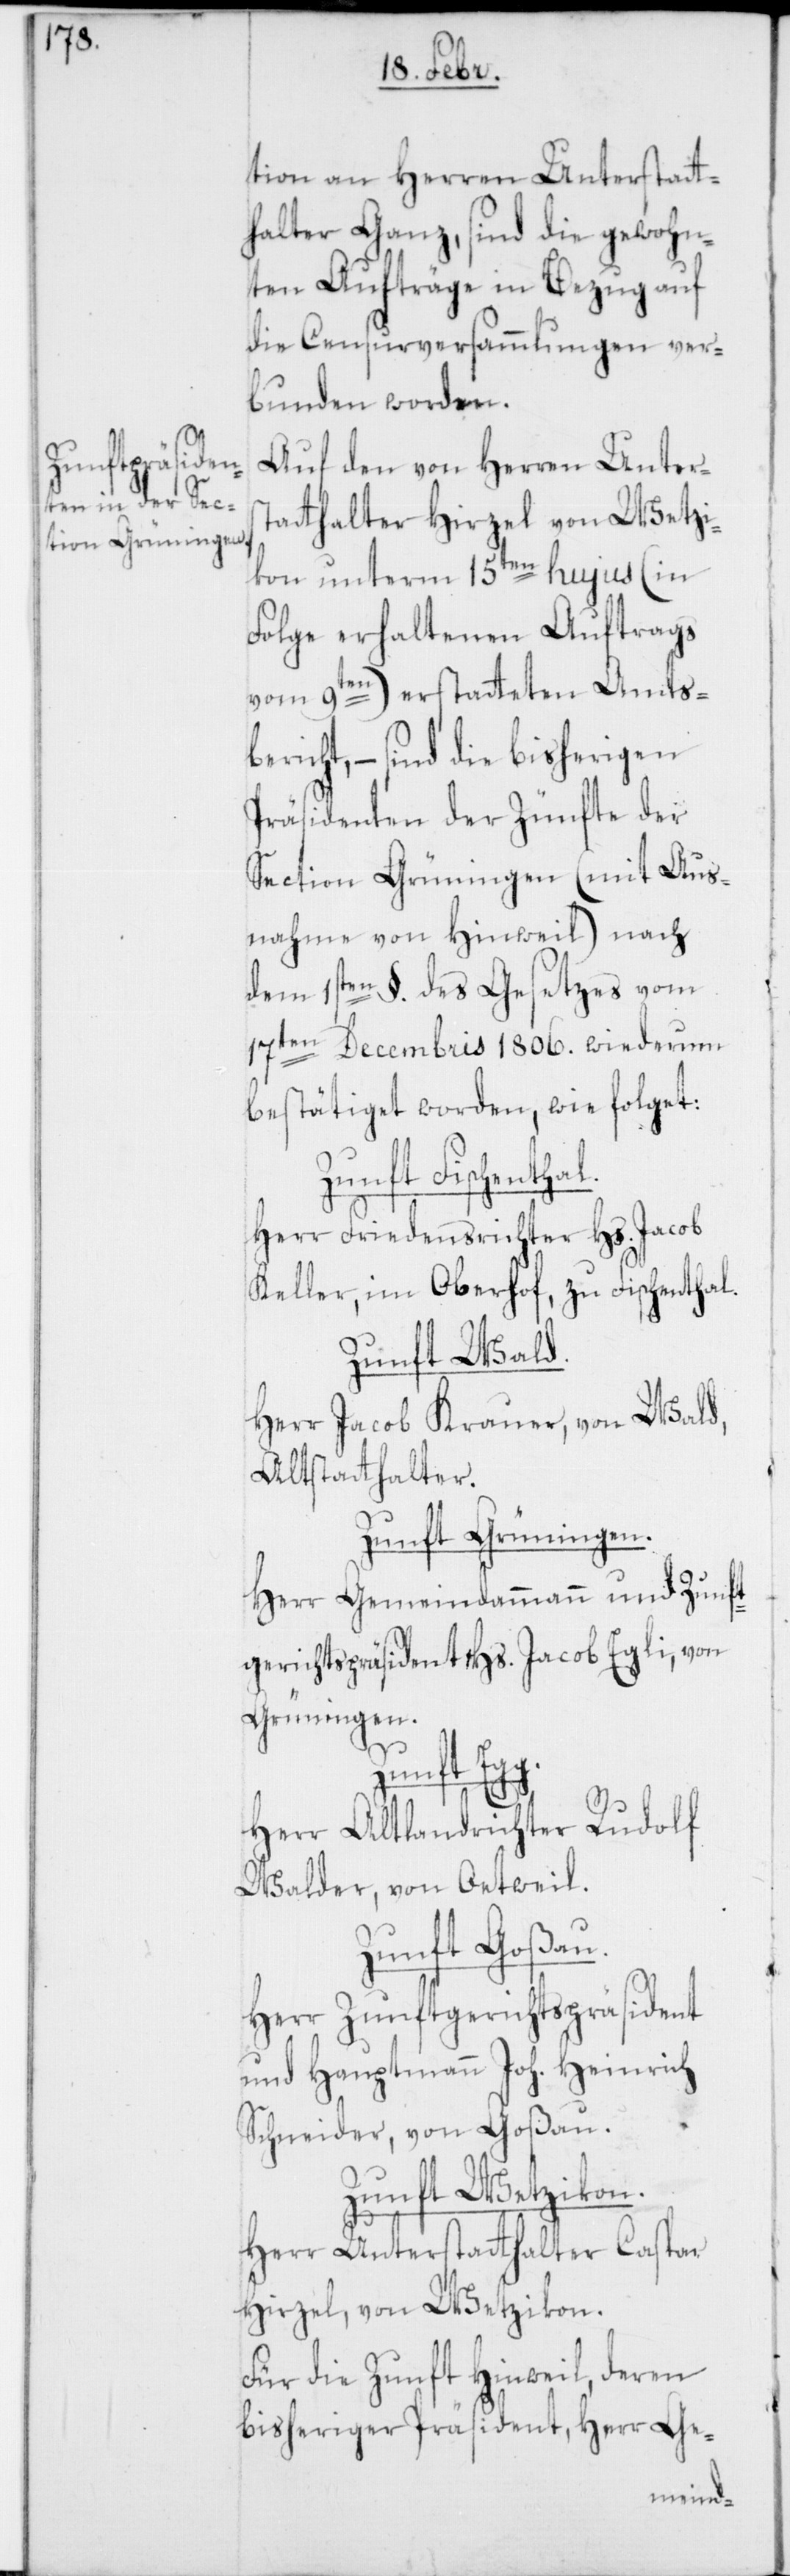
tion an den Herren Unterstatt¬
halter Ganz, sind die gewohn¬
ten Aufträge in Bezug auf
die Censurversammlungen ver¬
bunden worden.
Auf den von Herren Unters¬
tatthalter Hirzel von Wetzi¬
kon unterm 15ten hujus (in
Folge erhaltenen Auftrags
vom 9ten) erstatteten Amts¬
bericht, – sind die bisherigen
Präsidenten der Zünfte der
Section Grüningen (mit Aus¬
nahme von Hinweil) nach
dem 1sten §. des Gesetzes vom
17ten Decembris 1806. wiederum
bestätiget worden, wie folget:
ischenthal.
Herr Friedensrichter Hs. Jacob
Keller, im Oberhof zu Fischenthal.
Zunft Wald.
Herr Jacob Krauer, von Wald,
Altstatthalter.
Zunft Grüningen.
Herr Gemeindammann und Zunft¬
gerichtspräsident Hs. Jacob Egli von
Grüningen.
Zunft Egg.
Herr Altlandrichter Rudolf
Walder, von Oetwil.
Zunft Goßau.
Herr Zunftgerichtspräsident
und Hauptmann Joh. Heinrich
Schneider, von Goßau.
Zunft Wetzikon.
Herr Unterstatthalter Caspar
Hirzel von Wetzikon.
Für die Zunft Hinweil, deren
bisheriger Präsident, Herr Ge-